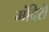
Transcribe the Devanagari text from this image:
मंदिरॊ